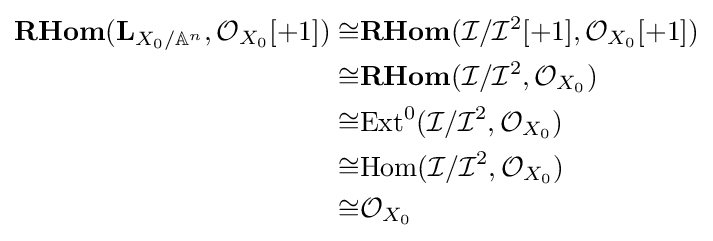
{\begin{aligned}{\textbf {RHom}}(\mathbf {L} _{X_{0}/\mathbb {A} ^{n}},{\mathcal {O}}_{X_{0}}[+1])\cong &{\textbf {RHom}}({\mathcal {I}}/{\mathcal {I}}^{2}[+1],{\mathcal {O}}_{X_{0}}[+1])\\\cong &{\textbf {RHom}}({\mathcal {I}}/{\mathcal {I}}^{2},{\mathcal {O}}_{X_{0}})\\\cong &{\text{Ext}}^{0}({\mathcal {I}}/{\mathcal {I}}^{2},{\mathcal {O}}_{X_{0}})\\\cong &{\text{Hom}}({\mathcal {I}}/{\mathcal {I}}^{2},{\mathcal {O}}_{X_{0}})\\\cong &{\mathcal {O}}_{X_{0}}\end{aligned}}